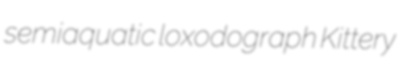
semiaquatic loxodograph Kittery